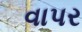
વાપર